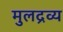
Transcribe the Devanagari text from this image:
मुलद्रव्य